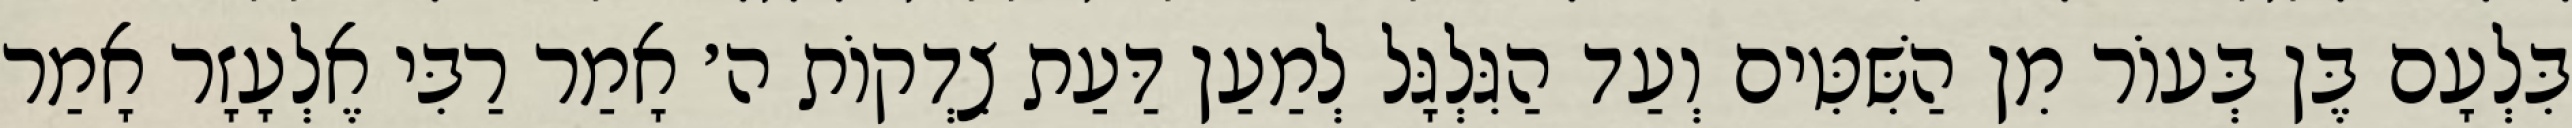
בִּלְעָם בֶּן בְּעוֹר מִן הַשִּׁטִּים וְעַד הַגִּלְגָּל לְמַעַן דַּעַת צִדְקוֹת ה׳ אָמַר רַבִּי אֶלְעָזָר אָמַר